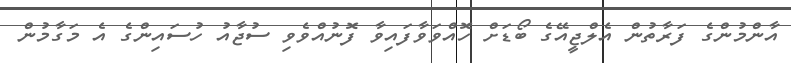
އާންމުންގެ ފަރާތުން އެލްޖީއޭގެ ބޯޑަށް ހޮއްވަވާފައިވާ ފޮނުއްވެވި ސުޖާއު ހުސައިންގެ އެ މަގާމުން